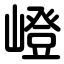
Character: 嶝